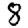
Digit: 8